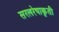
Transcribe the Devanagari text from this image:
सरलरेषाकृती